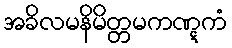
အခိလမနိမိတ္တမကဏ္ဋကံ